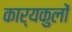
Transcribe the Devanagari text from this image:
कार्यकुलों